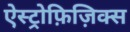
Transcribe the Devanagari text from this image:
ऐस्ट्रोफ़िज़िक्स